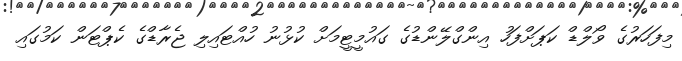
މިފަހަރުގެ ވޯލްޑް ކަޕަށްފަހު އިންގްލޭންޑުގެ ގައުމީޓީމަށް ކުޅުނު ހުއްޓައިލި ޖެރާޑްގެ ކެޕްޓަން ކަމުގައި